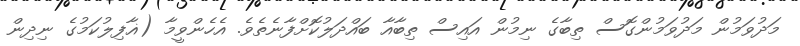
މަދުވަމުން މަދުވަމުންގޮސް ތިބާގެ ނިމުން އައިސް ތިބާއާ ބައްދަލުކޮށްފާނެތެވެ. އެހެންވީމާ (ޣާފިލުކަމުގެ ނިދިން